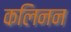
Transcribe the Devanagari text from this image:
कलिनन